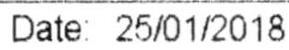
DATE: 25/01/2018